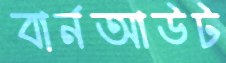
বার্নআউট